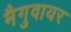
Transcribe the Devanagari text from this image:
मैगुवायर